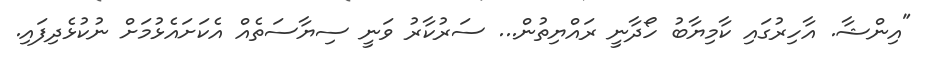
"އިންޝާ. އާހިރުގައި ކާމިޔާބު ހޯދާނީ ރައްޔިތުން... ސަރުކާރު ވަނީ ސިޔާސަތެއް އެކަށައެޅުމަށް ނުކުޅެދިފައި.